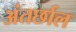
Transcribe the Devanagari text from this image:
अंतर्छाल